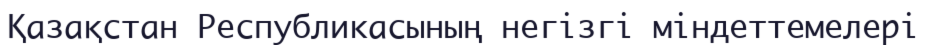
Қазақстан Республикасының негізгі міндеттемелері